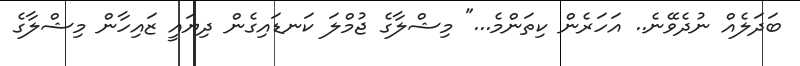
ބަދަލެއް ނުދެވޭނެ.. އަހަރެން ކިތަންމެ..." މިޝްލާގެ ޖުމްލަ ކަނޑައިގެން ދިޔައީ ޒައިހާން މިޝްލާގެ